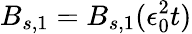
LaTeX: B_{s,1}=B_{s,1}(\epsilon_{0}^{2}t)